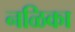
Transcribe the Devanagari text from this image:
नळिका